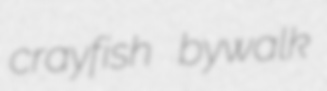
crayfish bywalk